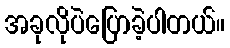
အခုလိုပဲပြောခဲ့ပါတယ်။